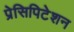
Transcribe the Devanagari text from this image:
प्रेसिपिटेशन